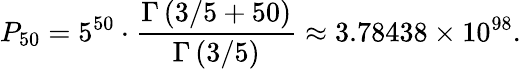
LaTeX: P_{50}=5^{50}\cdot{\frac{\Gamma\left(3/5+50\right)}{\Gamma\left(3/5\right)}}\approx 3.78438\times 10^{98}.